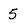
Character: 5